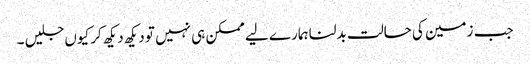
جب زمین کی حالت بدلنا ہمارے لیے ممکن ہی نہیں تو دیکھ دیکھ کر کیوں جلیں ۔